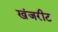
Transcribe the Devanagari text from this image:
खंजरीट